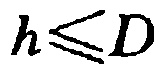
\(h\leqslant D\)